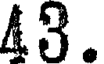
43.